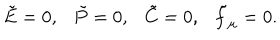
\tilde { E } = 0 , \tilde { P } = 0 , \tilde { C } = 0 , \tilde { f } _ { \mu } = 0 .